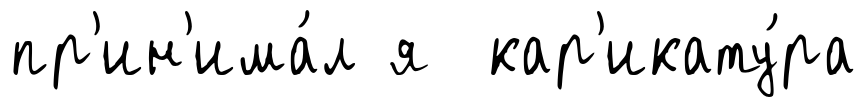
пр'ин'има́л я кар'икату́ра